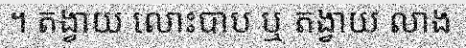
។ តង្វាយ លោះបាប ឬ តង្វាយ លាង